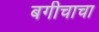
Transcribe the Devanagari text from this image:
बगीचाचा